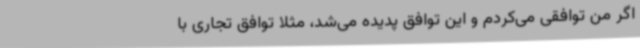
اگر من توافقی می‌کردم و این توافق پدیده می‌شد، مثلا توافق تجاری با